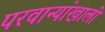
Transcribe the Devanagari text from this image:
परवान्यांखाली